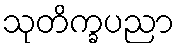
သုတိက္ခပညာ